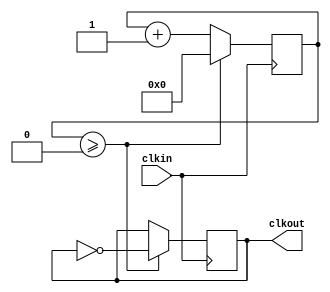
module xup_clk_divider #(parameter SIZE = 2)(
    input clkin,
    output reg clkout
    );
    
    reg [31:0] count = 0;
    reg [31:0] N = SIZE/2-1;
    initial clkout = 0;

    always @(posedge clkin) begin
        if(count >= N)begin
            count <= 0;
            clkout <= ~clkout;
        end
        else begin
            count <= count + 1;
        end
    end

endmodule